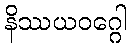
နိဿယဝဂ္ဂေါ